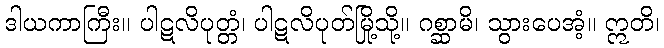
ဒါယကာကြီး။ ပါဋလိပုတ္တံ၊ ပါဋလိပုတ်မြို့သို့။ ဂစ္ဆာမိ၊ သွားပေအံ့။ ဣတိ၊